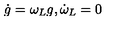
\dot { g } = \omega _ { L } g , \dot { \omega } _ { L } = 0